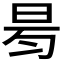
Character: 𣆃